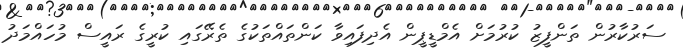
ސަރުކާރުން ތަންފީޒު ކުރުމަށް އެމްޑީޕީން އެދިފައިވާ ކަންތައްތަކުގެ ތެރޭގައި ކުރީގެ ރައީސް މުހައްމަދު